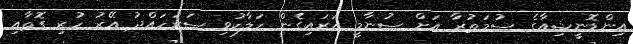
އިންޑޮނީޝިއާގެ ސުމަތުރާ އަށް ސުނާމީ އަރައިގެން ހަލާކުވި ސަރަހައްދު އޭރު ހުރި ގޮތާއި